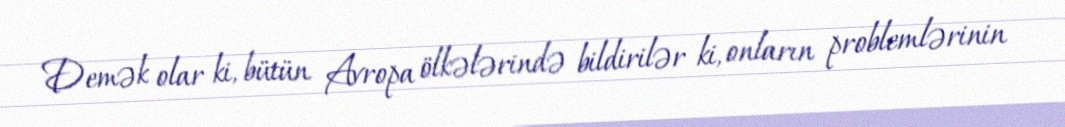
Demək olar ki, bütün Avropa ölkələrində bildirilər ki, onların problemlərinin